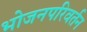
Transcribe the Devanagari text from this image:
भोजनपरिवर्तन